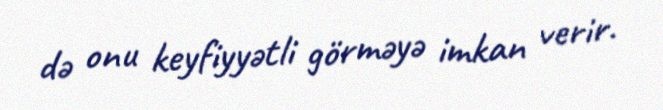
də onu keyfiyyətli görməyə imkan verir.